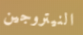
النيتروجين